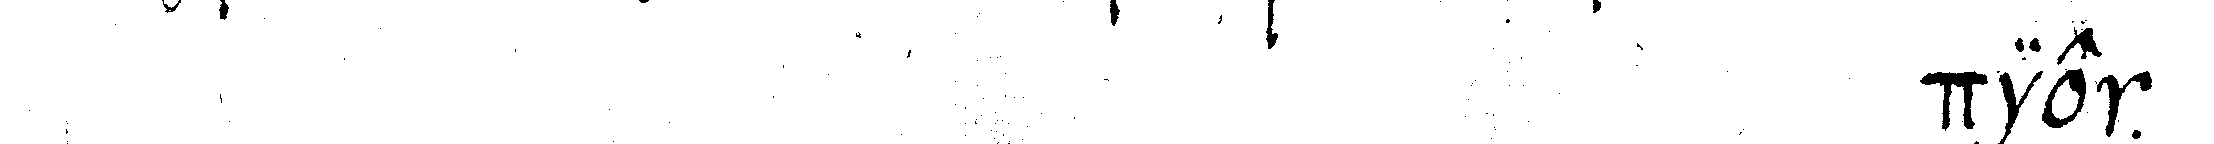
# dier